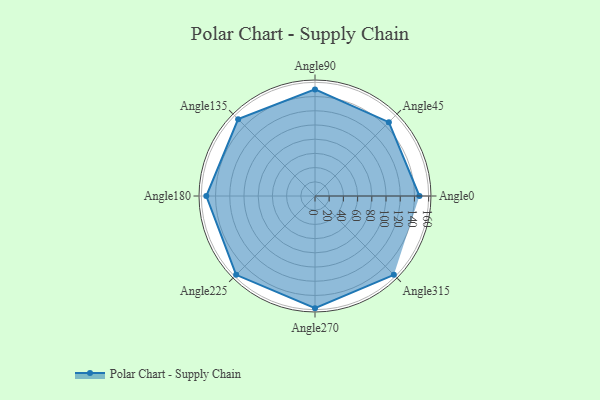
{"axis": {"x": "Angle", "y": "Radius"}, "legend": [""], "data": [{"x": "Angle0", "y": 147.0, "type": ""}, {"x": "Angle45", "y": 147.0, "type": ""}, {"x": "Angle90", "y": 150.0, "type": ""}, {"x": "Angle135", "y": 153.0, "type": ""}, {"x": "Angle180", "y": 153.0, "type": ""}, {"x": "Angle225", "y": 157.0, "type": ""}, {"x": "Angle270", "y": 158.0, "type": ""}, {"x": "Angle315", "y": 157.0, "type": ""}]}